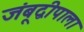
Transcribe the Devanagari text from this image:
जंबूद्वीपाला